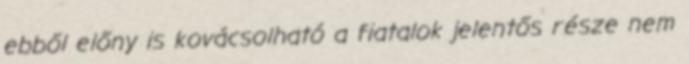
ebből előny is kovácsolható a fiatalok jelentős része nem